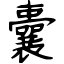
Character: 囊